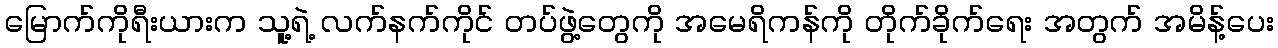
မြောက်ကိုရီးယားက သူ့ရဲ့ လက်နက်ကိုင် တပ်ဖွဲ့တွေကို အမေရိကန်ကို တိုက်ခိုက်ရေး အတွက် အမိန့်ပေး